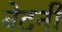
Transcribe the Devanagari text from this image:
बेटनी